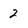
Character: 2